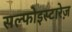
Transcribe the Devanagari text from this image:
सल्फोइस्टारेज़